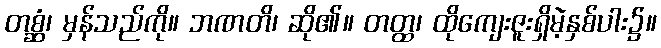
တစ္ဆံ၊ မှန်သည်ကို။ ဘဏတိ၊ ဆို၏။ တတ္ထ၊ ထိုကျေးဇူးရှိမဲ့နှစ်ပါး၌။